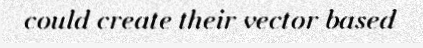
could create their vector based